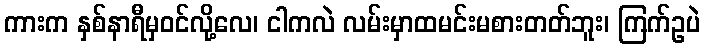
ကားက နှစ်နာရီမှဝင်လို့လေ၊ ငါကလဲ လမ်းမှာထမင်းမစားတတ်ဘူး၊ ကြက်ဥပဲ